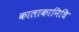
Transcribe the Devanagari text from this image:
कालाकानिधि